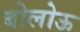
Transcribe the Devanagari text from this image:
बोलोऊ